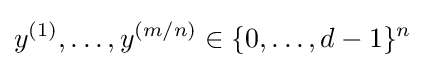
y^{(1)},\dots ,y^{(m/n)}\in \lbrace 0,\dots ,d-1\rbrace ^{n}